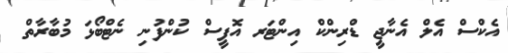
އެކްސް އެލް އެނާޖީ ޑްރިންކް އިންޓަރ އޮފީސް ކުންފުނި ނެޓްބޯޅަ މުބާރާތް